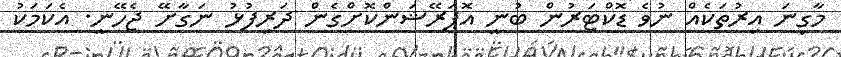
މާގިނަ އިރުތަކެއް ނުވެ ޑޮކްޓަރުން ބުނީ އޮޕަރޭޝަންކޮށްގެން ދަރިފުޅު ނަގާށޭ ޖެހޭނީ. އެކަމަކު